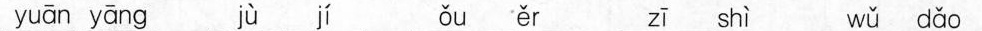
yuān yāng jù jí ǒu ěr zī shì wǔ dǎo